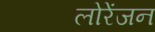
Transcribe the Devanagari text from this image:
लोरेंजन